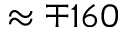
\approx \mp 1 6 0